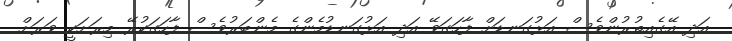
އަދި އޭގެއިތުރުންވެސް އަޅުގަނޑަށް ފާހަގަވޭ އަދި އަޅުގަނޑުމެންގެ މެންބަރުވެސް ފާހަގަކުރޭ މިރަށަކީ ވަރަށް